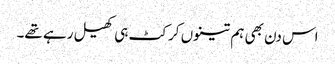
اس دن بھی ہم تینوں کرکٹ ہی کھیل رہے تھے۔